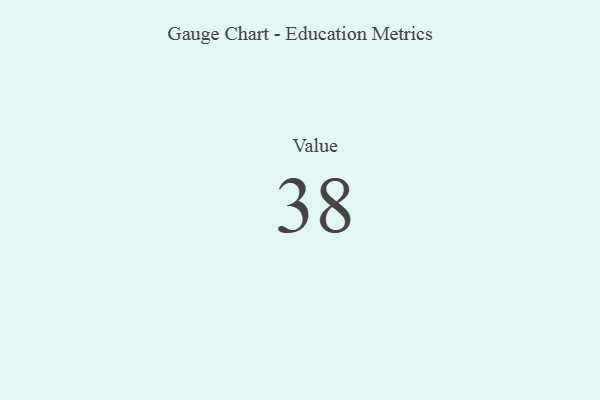
{"axis": {"x": "Metric", "y": "Value"}, "legend": [""], "data": [{"x": "Value", "y": 38, "type": ""}]}